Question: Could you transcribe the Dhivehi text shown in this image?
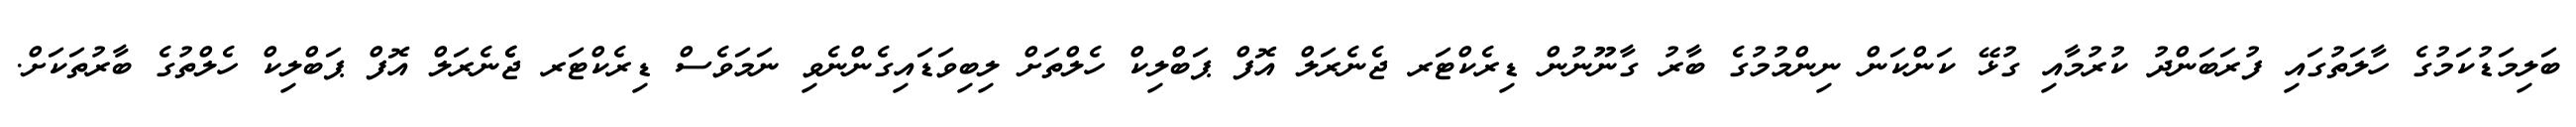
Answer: ބަލިމަޑުކަމުގެ ހާލަތުގައި ފުރަބަންދު ކުރުމާއި ގުޅޭ ކަންކަން ނިންމުމުގެ ބާރު ގާނޫނުން ޑިރެކްޓަރ ޖެނެރަލް އޮފް ޕަބްލިކް ހެލްތަށް ލިބިވަޑައިގެންނެވި ނަމަވެސް ޑިރެކްޓަރ ޖެެނެރަލް އޮފް ޕަބްލިކް ހެލްތުގެ ބާރުތަކަށް.